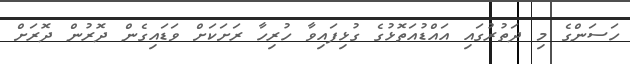
ހަސަންގެ މި ދަތުރުގައި އައްޑުއަތޮޅުގެ ގުޅިފައިވާ ހުރިހާ ރަށަކަށް ވަޑައިގެން ދޮރުން ދޮރަށް